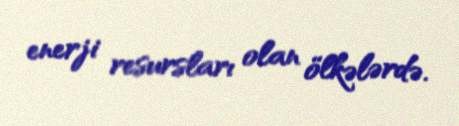
enerji resursları olan ölkələrdə.